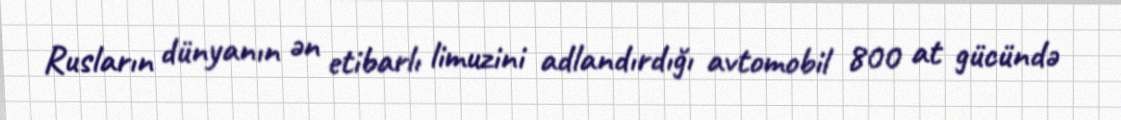
Rusların dünyanın ən etibarlı limuzini adlandırdığı avtomobil 800 at gücündə